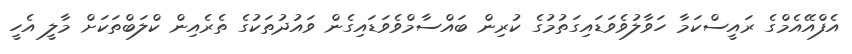
އެފްއޭއެމްގެ ރައީސްކަމާ ހަވާލުވެވަޑައިގަތުމުގެ ކުރިން ބައްސާމްވެވަޑައިގެން ވައުދުތަކުގެ ތެރެއިން ކްލަބްތަކަށް މާލީ އެހީ